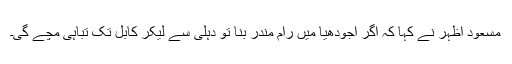
مسعود اظہر نے کہا کہ اگر اجودھیا میں رام مندر بنا تو دہلی سے لیکر کابل تک تباہی مچے گی۔